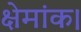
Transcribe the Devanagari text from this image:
क्षेमांक।